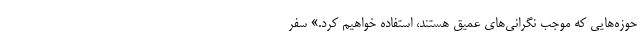
حوزه‌هایی که موجب نگرانی‌های عمیق هستند، استفاده خواهیم کرد.» سفر